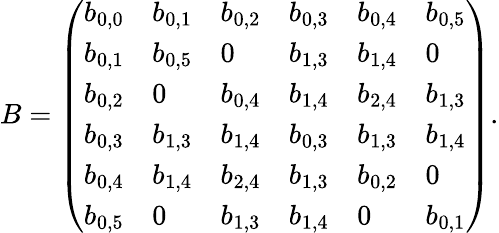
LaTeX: B=\left(\begin{array}{llllll}{b_{0,0}}&{b_{0,1}}&{b_{0,2}}&{b_{0,3}}&{b_{0,4}}&{b_{0,5}}\\ {b_{0,1}}&{b_{0,5}}&{0}&{b_{1,3}}&{b_{1,4}}&{0}\\ {b_{0,2}}&{0}&{b_{0,4}}&{b_{1,4}}&{b_{2,4}}&{b_{1,3}}\\ {b_{0,3}}&{b_{1,3}}&{b_{1,4}}&{b_{0,3}}&{b_{1,3}}&{b_{1,4}}\\ {b_{0,4}}&{b_{1,4}}&{b_{2,4}}&{b_{1,3}}&{b_{0,2}}&{0}\\ {b_{0,5}}&{0}&{b_{1,3}}&{b_{1,4}}&{0}&{b_{0,1}}\end{array}\right).